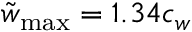
\tilde { w } _ { \mathrm { m a x } } = 1 . 3 4 c _ { w }